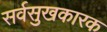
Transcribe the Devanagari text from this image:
सर्वसुखकारक